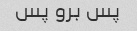
پس برو پس